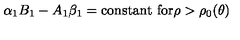
\alpha _ { 1 } B _ { 1 } - A _ { 1 } \beta _ { 1 } = \mathrm { c o n s t a n t } \ \mathrm { f o r } \rho > \rho _ { 0 } ( \theta )